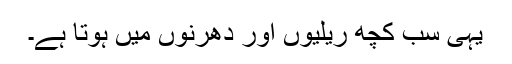
یہی سب کچھ ریلیوں اور دھرنوں میں ہوتا ہے۔